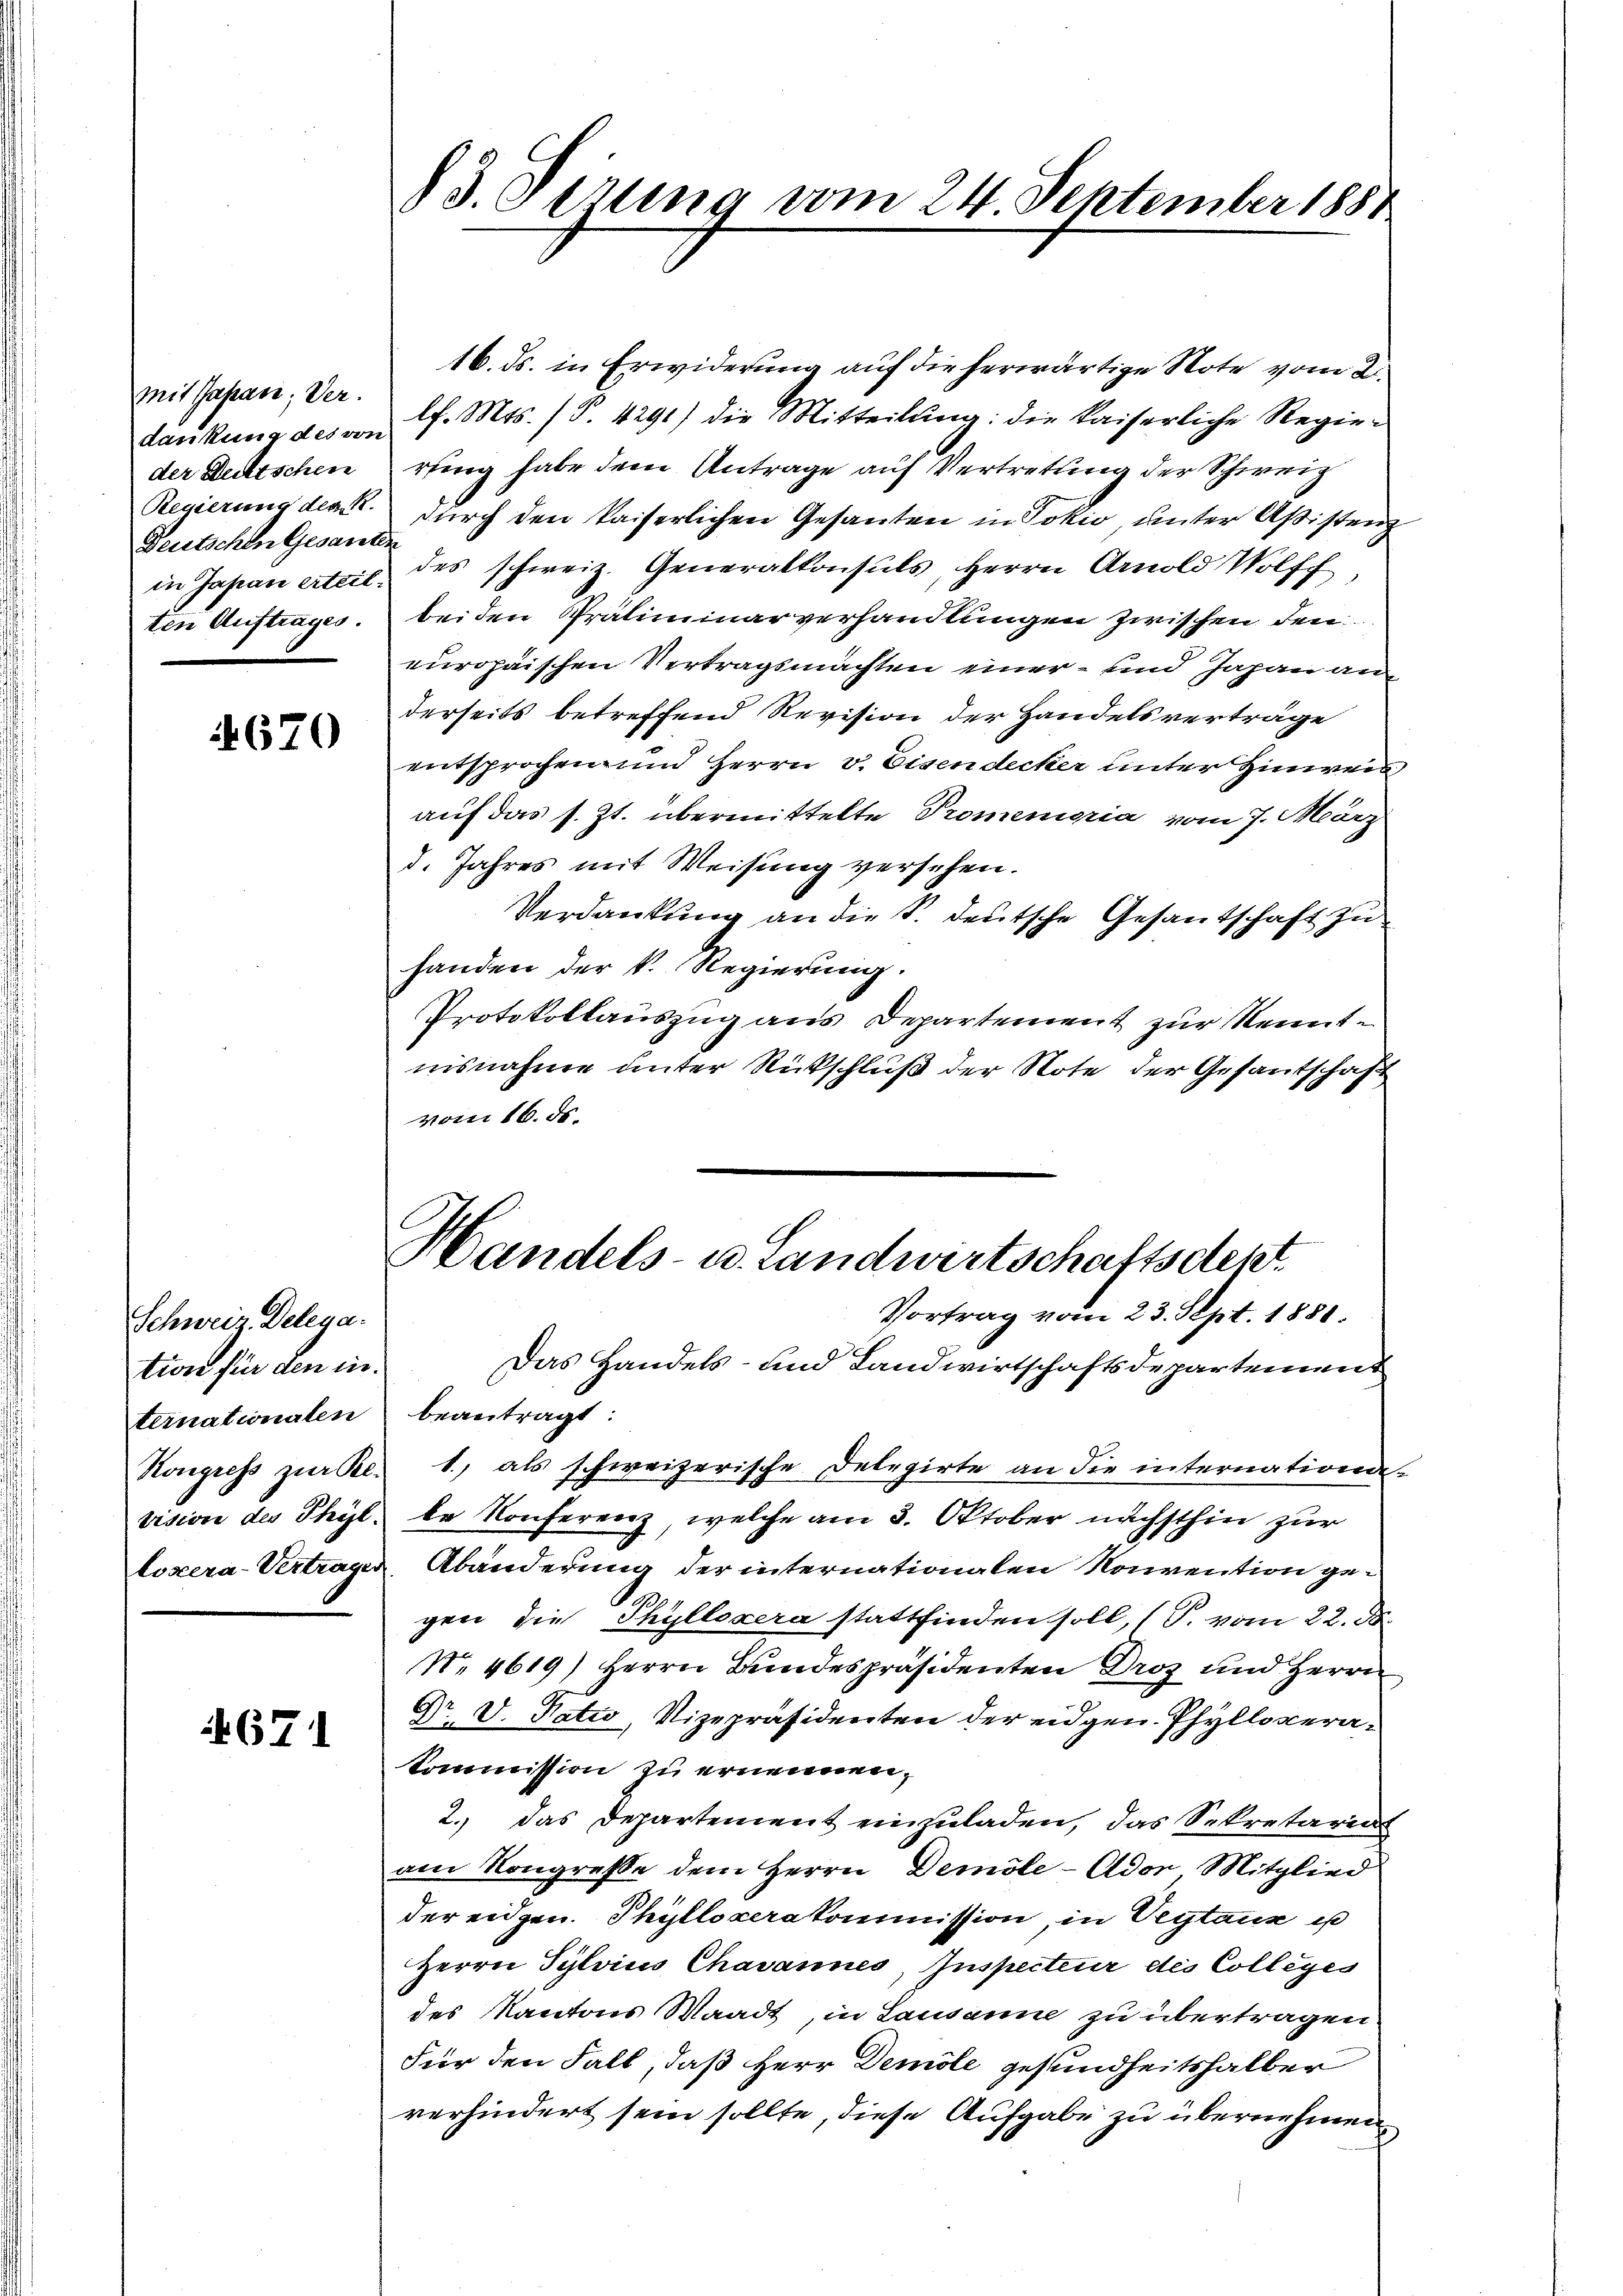
Mit Japan; Verder Deutschein
Deutschen Gesanten
ten Auftrages.

670

Schweiz. Delega-
tion für den in
ternationalen
Kongress zur Be-
lozera-Vertragen

671

§3. Sirung vom 24. September 1881

16. ds. in Erwiderung auf die herwärtige Note vom 2.
dankung des von d. Mts. (T. 4291) die Mitteilŭng: die kaiserliche Regie-
rting habe dem Antrage auf Vertretung der Schweiz
Regierung dem durch den kaiserlichen Gesanten in Jokio, unter Aßistenz
in Japan erteil des schweiz. Generalkonsuls, Herrn Arnold Wolff,
beiden Präliminarverhandlungen zwischen den
europaischen Vertragsmachten einer- und Japan an
derseits betreffend Revision der Handelsverträge
entsprochen und Herrn v. Eisendecker unter Hinwei
auf das s. Zt. übermittelte Promenioria vom 7. März
d. Jahres mit Weisung versehen.
Verdankung an die S. deutsche Gesantschaft zu
handen der k. Regierung.
Protokollauszug aus Departement zur Kenntnisnahme unter Rückschluß der Note der Gesantschaft
vom 16. ds.

Handels- u. Landwirtschaftsdest.
Vortrag vom 23. Sept. 1881.

Das Handels- und Landwirtschaftsdepartement
beantragt:
1., als schweizerische Delegirte an die internationvision der Phyl. be Konferenz, welche am 3. Oktober nächsthin zur
Abänderung der internationalen Konvention ge¬
1.
gen die Chylloxera stattfinden soll, (T. vom 22. d.
No. 4619) Herrn Bundespräsidenten Droz und Herrn
Dr. V. Patio, Vizepräsidenten der eidgen. Phyllopera¬
Kommission zu ernennen,
2. das Departement einzuladen, das Sekretarias
am Kongresse dem Herrn Demöle - Ador Mitglied
der eidgen. Phyllozerakommission, in Veytaux is
Herrn Sylvius Chavannes, Inspecteur des Colleges
des Kantons Waadt, in Lausanne zu übertragen
Für den Fall, daß Herr Demole gesundheitshalber
verhindert sein sollte, diese Aufgabe zu übernehmen.